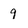
Character: 9